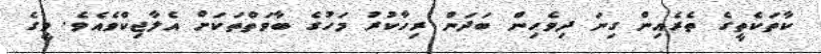
ކާތަކެތީގެ ތެރެއިން ގިނަ ދިވެހިން ބަދަން ރިހާކުރު މަހުގެ ބާވަތްތަކަށް އެލާޖިކްވެއެވެ. މީގެ